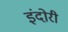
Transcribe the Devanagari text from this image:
इंदोरी